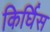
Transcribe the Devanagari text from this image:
किर्घिस